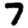
Digit: 7